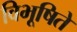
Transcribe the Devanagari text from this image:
विभूषिते